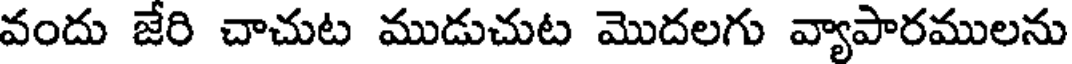
వందు జేరి చాచుట ముడుచుట మొదలగు వ్యాపారములను